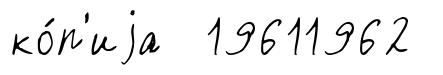
ко́п'иjа 19611962